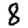
Digit: 8